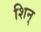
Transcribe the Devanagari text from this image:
शिन्‌